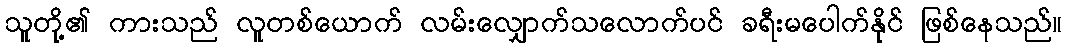
သူတို့၏ ကားသည် လူတစ်ယောက် လမ်းလျှောက်သလောက်ပင် ခရီးမပေါက်နိုင် ဖြစ်နေသည်။